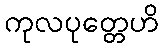
ကုလပုတ္တေဟိ